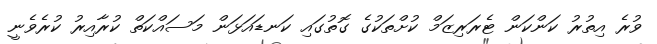
ވުރެ އިތުރު ކަންކަން ޓެރަރިޒަމް ކުށްތަކުގެ ގޮތުގައި ކަނޑައަޅަން މަސައްކަތް ކުރާއިރު ކުރެވެނީ